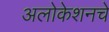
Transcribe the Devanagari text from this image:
अलोकेशनचे